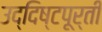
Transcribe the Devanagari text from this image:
उद्दिष्टपूर्ती